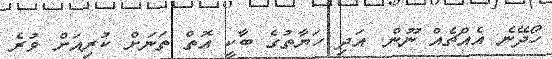
ހޯދޭނެ އެއްޗެއް ނޫން. އަދި ހަޔާތުގެ ބާކީ އޮތް ތަނަށް ކުރިއަށް ވުރެ